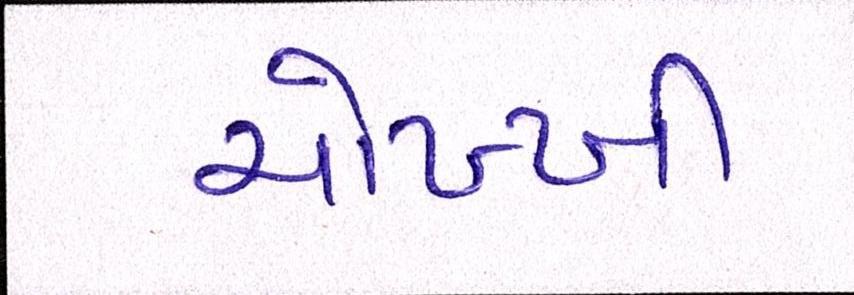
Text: ચોખ્ખી